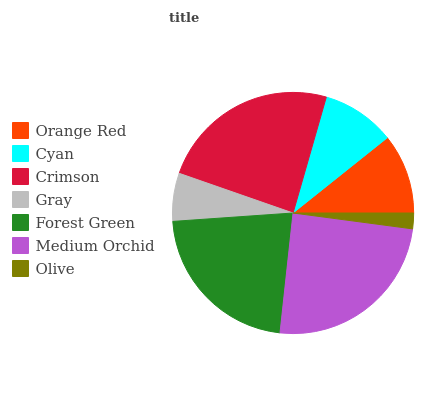
| Orange Red | Cyan | Crimson | Gray | Forest Green | Medium Orchid | Olive |
 | --- | --- | --- | --- | --- | --- | --- |
 | 10.7% | 9.84% | 24% | 6.45% | 22.1% | 24.7% | 2.1% |